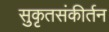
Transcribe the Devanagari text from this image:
सुकृतसंकीर्तन